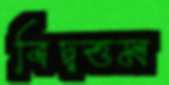
বিদ্বত্তম